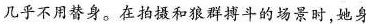
几乎不用替身。在拍摄和狼群搏斗的场景时，她身